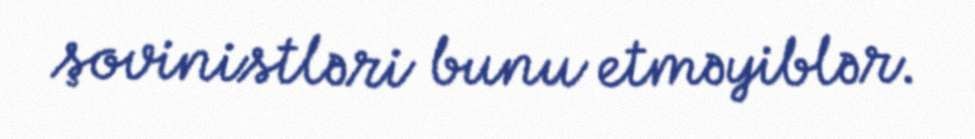
şovinistləri bunu etməyiblər.